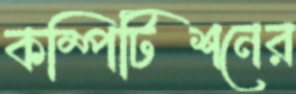
কম্পিটিশনের